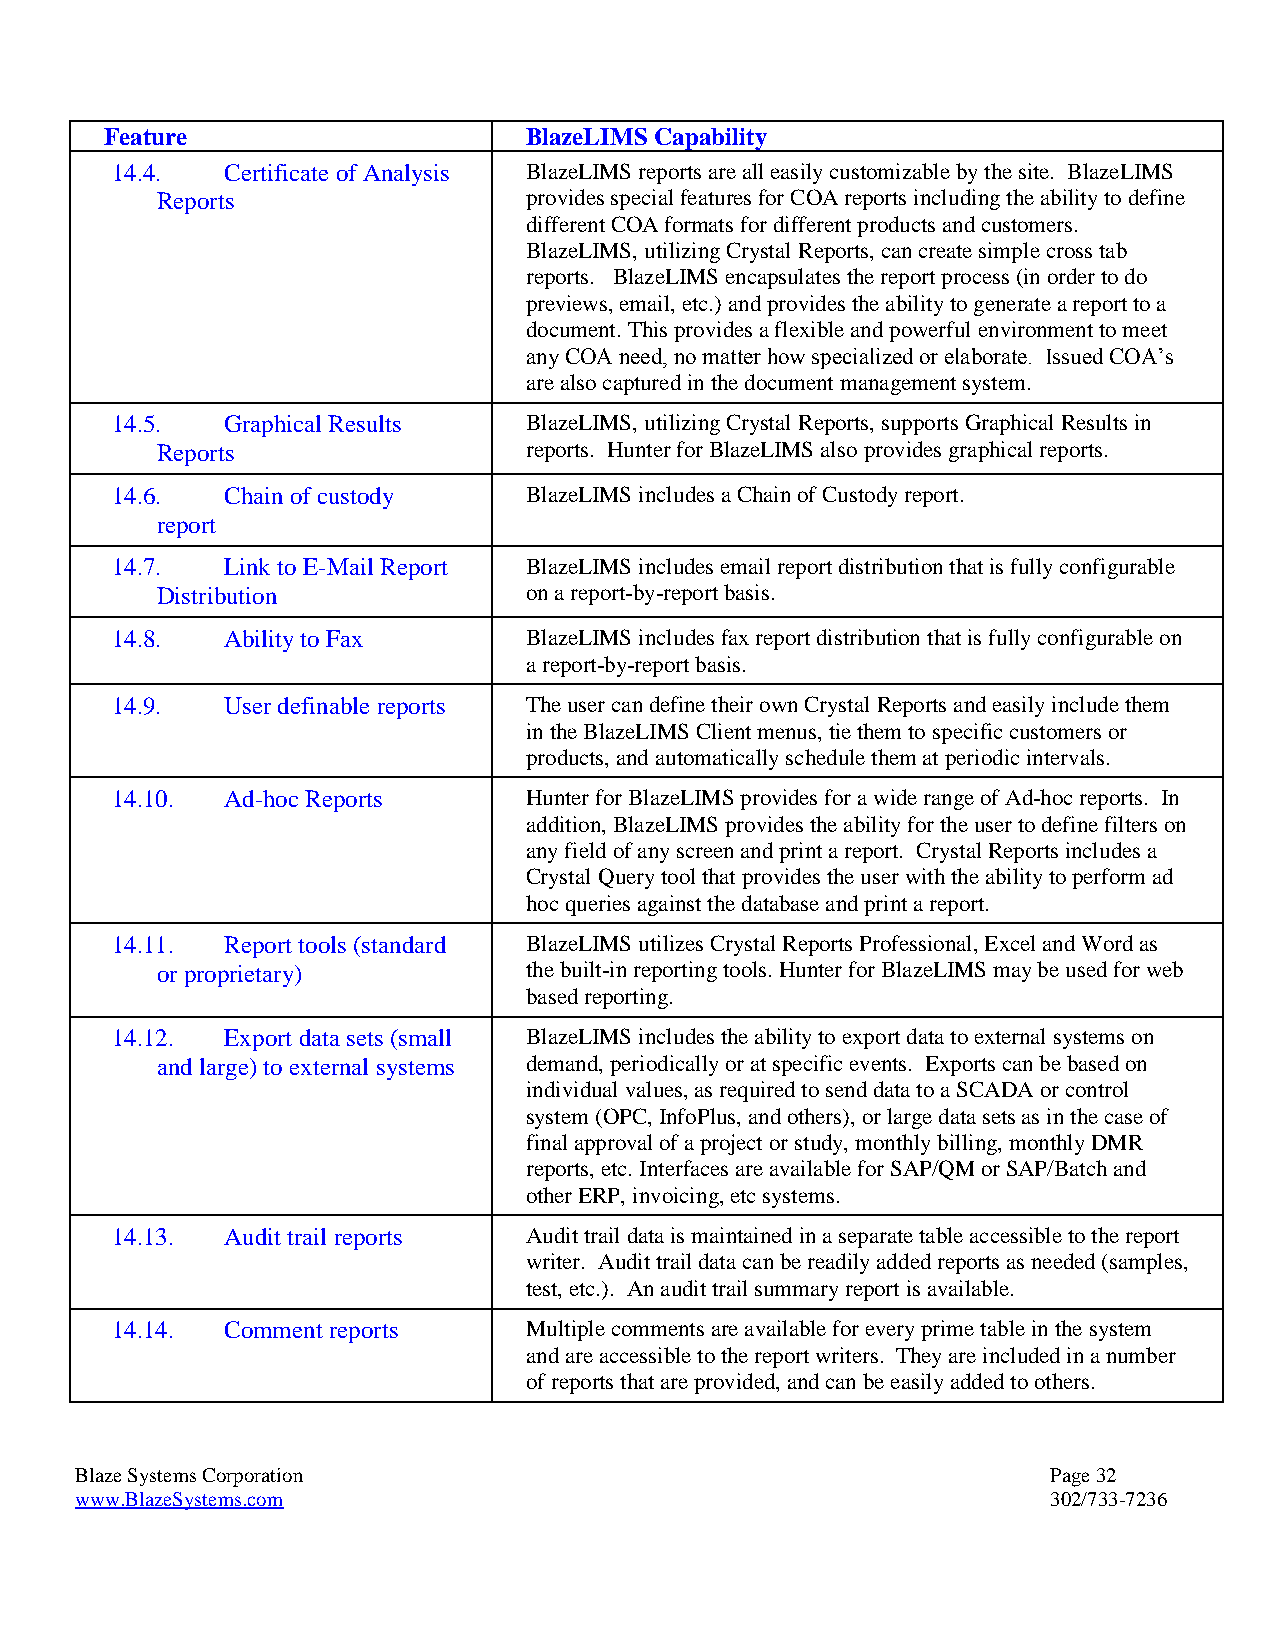
Feature                     BlazeLIMS Capability
 14.4.   Certificate of Analysis BlazeLIMS reports are all easily customizable by the site. BlazeLIMS
 Reports                  provides special features for COA reports including the ability to define
 different COA formats for different products and customers.
 BlazeLIMS, utilizing Crystal Reports, can create simple cross tab
 reports. BlazeLIMS encapsulates the report process (in order to do
 previews, email, etc.) and provides the ability to generate a report to a
 document. This provides a flexible and powerful environment to meet
 any COA need, no matter how specialized or elaborate. Issued COA’s
 are also captured in the document management system.
 14.5.   Graphical Results   BlazeLIMS, utilizing Crystal Reports, supports Graphical Results in
 Reports                  reports. Hunter for BlazeLIMS also provides graphical reports.
 14.6.   Chain of custody    BlazeLIMS includes a Chain of Custody report.
 report
 14.7.   Link to E-Mail Report BlazeLIMS includes email report distribution that is fully configurable
 Distribution             on a report-by-report basis.
 14.8.   Ability to Fax      BlazeLIMS includes fax report distribution that is fully configurable on
 a report-by-report basis.
 14.9.   User definable reports The user can define their own Crystal Reports and easily include them
 in the BlazeLIMS Client menus, tie them to specific customers or
 products, and automatically schedule them at periodic intervals.
 14.10.  Ad-hoc Reports      Hunter for BlazeLIMS provides for a wide range of Ad-hoc reports. In
 addition, BlazeLIMS provides the ability for the user to define filters on
 any field of any screen and print a report. Crystal Reports includes a
 Crystal Query tool that provides the user with the ability to perform ad
 hoc queries against the database and print a report.
 14.11.  Report tools (standard BlazeLIMS utilizes Crystal Reports Professional, Excel and Word as
 or proprietary)          the built-in reporting tools. Hunter for BlazeLIMS may be used for web
 based reporting.
 14.12.  Export data sets (small BlazeLIMS includes the ability to export data to external systems on
 and large) to external systems demand, periodically or at specific events. Exports can be based on
 individual values, as required to send data to a SCADA or control
 system (OPC, InfoPlus, and others), or large data sets as in the case of
 final approval of a project or study, monthly billing, monthly DMR
 reports, etc. Interfaces are available for SAP/QM or SAP/Batch and
 other ERP, invoicing, etc systems.
 14.13.  Audit trail reports Audit trail data is maintained in a separate table accessible to the report
 writer. Audit trail data can be readily added reports as needed (samples,
 test, etc.). An audit trail summary report is available.
 14.14.  Comment reports     Multiple comments are available for every prime table in the system
 and are accessible to the report writers. They are included in a number
 of reports that are provided, and can be easily added to others.
 Blaze Systems Corporation                                        Page 32
 www.BlazeSystems.com                                             302/733-7236